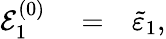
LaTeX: \begin{array}{rlr}{{\cal E}_{1}^{(0)}}&{{}=}&{\tilde{\varepsilon}_{1},}\end{array}